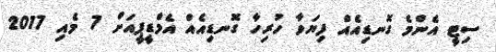
ސިޓީ އެންމެ ގޮނޑިއެއް ފިޔަވާ ހުރިހާ ގޮނޑިއެއް އެމްޑީޕީއަށް 7 މެއި 2017